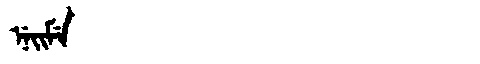
Manchu: ᠨᡝᡳᠮᡝ
Romanization: NEIME